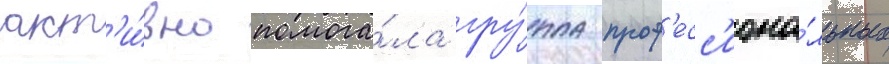
акт'и́вно помога́ла гру́ппа проф'есс'иона́льных